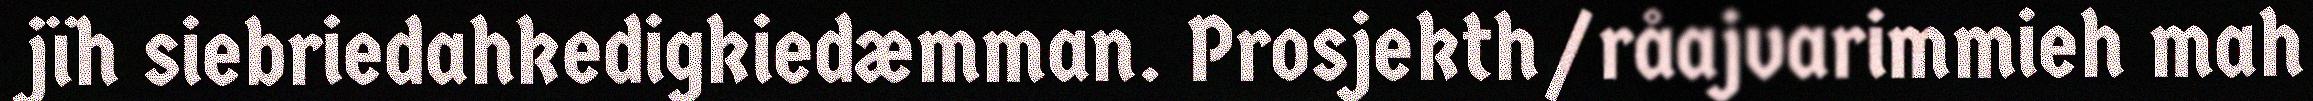
jïh siebriedahkedigkiedæmman. Prosjekth/råajvarimmieh mah